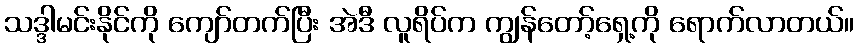
သဒ္ဒါမင်းနိုင်ကို ကျော်တက်ပြီး အဲဒီ လူရိပ်က ကျွန်တော့်ရှေ့ကို ရောက်လာတယ်။